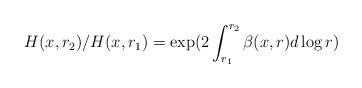
LaTeX: \begin{align*} H(x,r_2)/ H(x,r_1) =\exp( 2 \int_{r_1}^{r_2} \beta(x,r) d \log r )\end{align*}